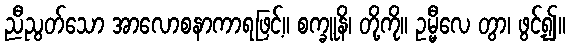
ညီညွတ်သော အာလောစနာကာရဖြင့်။ စက္ခူနိ၊ တို့ကို။ ဥမ္မီလေ တွာ၊ ဖွင့်၍။